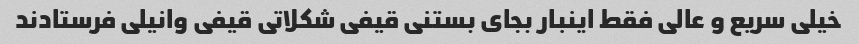
خیلی سریع و عالی فقط اینبار بجای بستنی قیفی شکلاتی قیفی وانیلی فرستادند